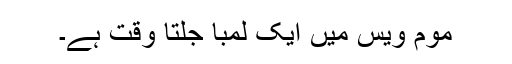
موم ویس میں ایک لمبا جلتا وقت ہے۔